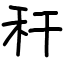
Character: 秆